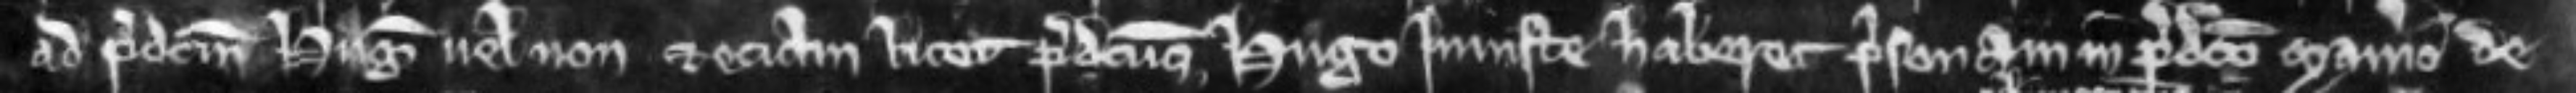
ad predictum Hugonem vel non et eciam licet predictus Hugo injuste haberet prisonam in predicto manerio de